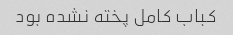
کباب کامل پخته نشده بود